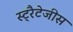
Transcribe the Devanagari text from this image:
स्ट्रैटेजीस